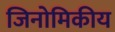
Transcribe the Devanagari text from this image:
जिनोमिकीय